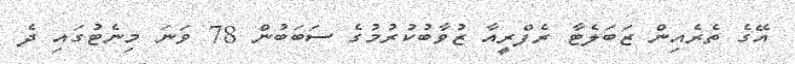
އޭގެ ތެރެއިން ޒަބަލެޓާ ރެފްރީއާ ޒުވާބުކުރުމުގެ ސަބަބުން 78 ވަނަ މިނެޓުގައި ދެ